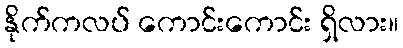
နိုက်ကလပ် ကောင်းကောင်း ရှိလား။